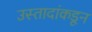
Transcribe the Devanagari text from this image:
उस्तादांकडून